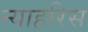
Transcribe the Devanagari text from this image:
न्याहरिस